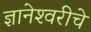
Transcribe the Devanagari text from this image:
ज्ञानेश्‍वरीचे